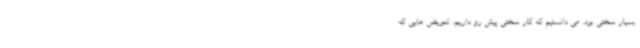
بسیار سختی بود. می دانستیم که کار سختی پیش رو داریم. تعویض هایی که